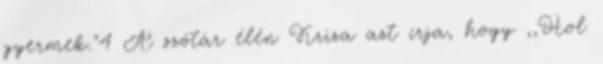
gyermek."4 A szótár élén Kriza azt írja, hogy ,,Hol